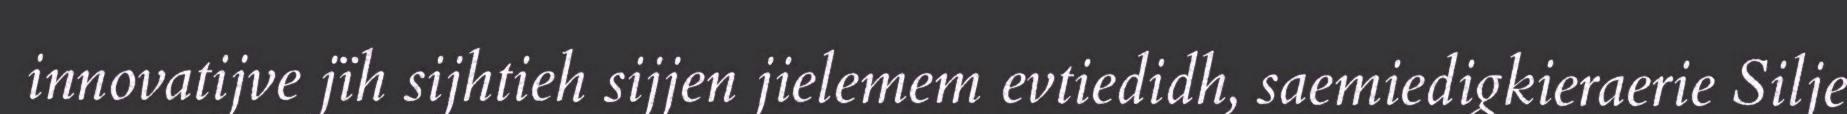
innovatijve jïh sijhtieh sijjen jielemem evtiedidh, saemiedigkieraerie Silje